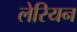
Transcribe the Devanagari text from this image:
लेरियन